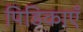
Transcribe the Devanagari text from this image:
पिडिकाएँ